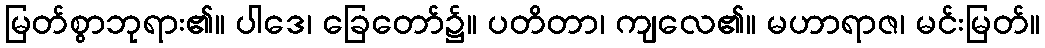
မြတ်စွာဘုရား၏။ ပါဒေ၊ ခြေတော်၌။ ပတိတာ၊ ကျလေ၏။ မဟာရာဇ၊ မင်းမြတ်။